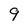
Character: 9